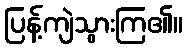
ပြန့်ကျဲသွားကြ၏။